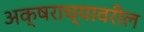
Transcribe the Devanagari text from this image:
अक्षराच्यावरील